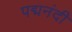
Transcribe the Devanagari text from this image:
पद्मनंदी